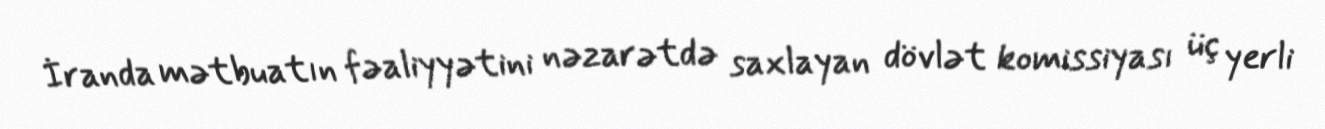
İranda mətbuatın fəaliyyətini nəzarətdə saxlayan dövlət komissiyası üç yerli